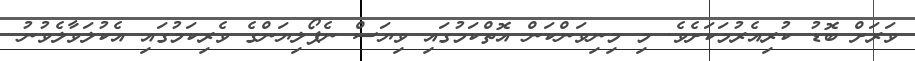
ވަރަށް ބޮޑު ކުރިއެރުމަކަށެވެ. މި މިނިވަންކަން އޮތްކަމުގައި ވިޔަސް ނެޕޯލިޔަންގެ ވެރިކަމުގައި އެކުލަވާލެވުނު